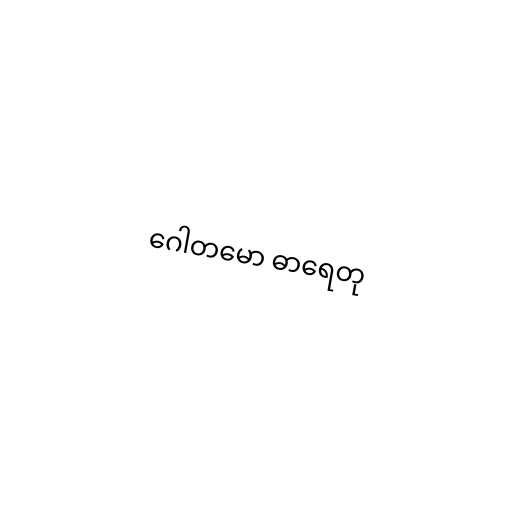
ဂေါတမော ဓာရေတု